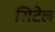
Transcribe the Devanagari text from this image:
सिटेल